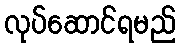
လုပ်ဆောင်ရမည်